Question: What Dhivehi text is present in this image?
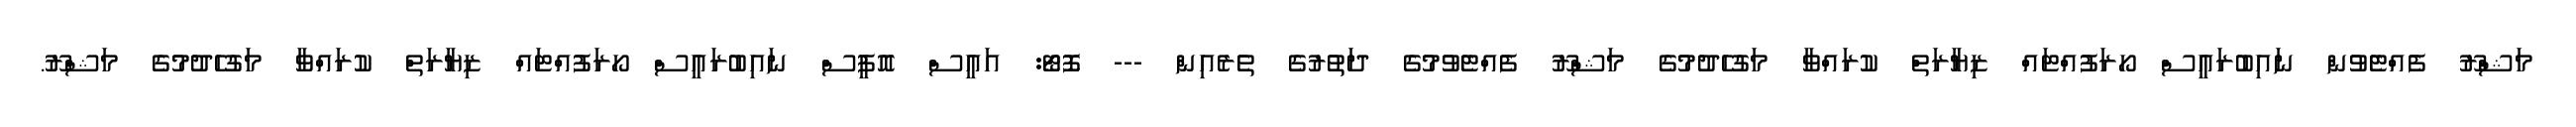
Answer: މަޝްރޫ ފެއްޓެވުން ނައިބުރައީސް ހޯރަފުއްޓައް ޒިޔާރަތް ކުރައްވާ މަގުހެދުމުގެ މަޝްރޫ ފެއްޓެވުމުގެ ދަތުރުގެ ތެރެއިން --- ފޮޓޯ: އައީސް އޮފީސް ނައިބުރައީސް ހޯރަފުއްޓައް ޒިޔާރަތް ކުރައްވާ މަގުހެދުމުގެ މަޝްރޫ.